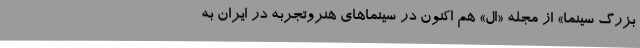
بزرگ سینما» از مجله «ال» هم اکنون در سینماهای هنروتجربه در ایران به